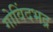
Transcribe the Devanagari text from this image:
गोविंदभद्र